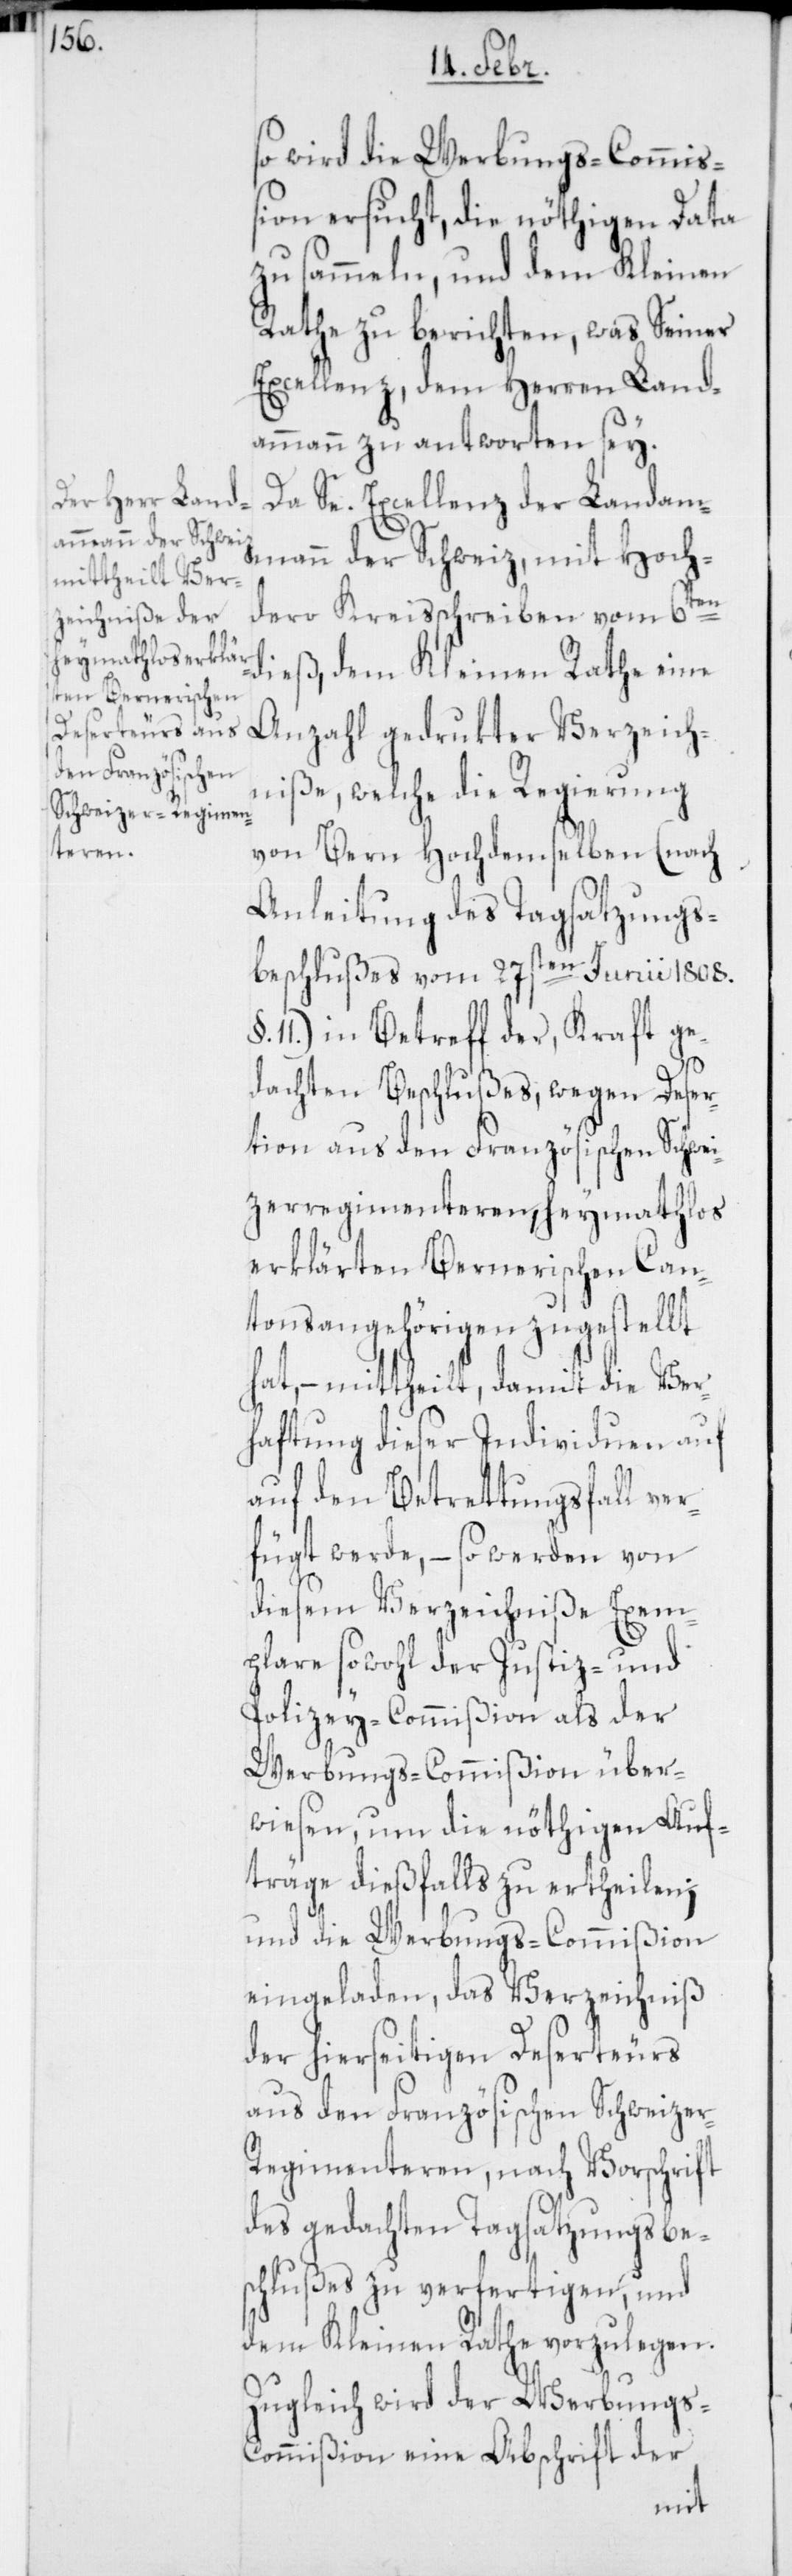
so wird die Werbungs-Commiß¬
ion ersucht, die nöthigen Data
zu sammeln, und dem Kleinen
Rathe zu berichten, was Seiner
Excellenz, dem Herren Land¬
ammann zu antworten sey.
Da Se. Excellenz der Landam¬
mann der Schweiz, mit hoch¬
dero Kreisschreiben vom 6ten
dieß, dem Kleinen Rathe eine
Anzahl gedrukter Verzeich¬
niße, welche die Regierung
von Bern hochdemselben (nach
Anleitung des Tagsatzungs¬
beschlußes vom 27sten Junii 1808.,
11.) in Betreff der, kraft ge¬
dachten Beschlußes, wegen Deser¬
tion aus den Französischen Schwei¬
zerregimenteren heymathlos
erklärten Bernerischen Can¬
tonsangehörigen zugestellt
hat, – mittheilt, damit die Ver¬
haftung dieser Individuen auf
den Betrettungsfall ver¬
fügt werde, – so werden von
diesem Verzeichniße Exem¬
plare sowohl der Justiz- und
Polizey-Commißion als der
Werbungs-Commißion über¬
wiesen, um die nöthigen Auf¬
träge dießfalls zu ertheilen,
und die Werbungs-Commißion
eingeladen, das Verzeichniß
der hierseitigen Deserteurs
aus den Französischen Schweize¬
r-Regimenteren, nach Vorschrift
des gedachten Tagsatzungsbe¬
schlußes zu verfertigen, und
dem Kleinen Rathe vorzulegen.
Zugleich wird der Werbungs-C¬
ommißion eine Abschrift der